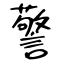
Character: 警